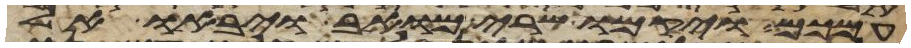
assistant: עמכם ויקמו שרי מואב ויבאו אל